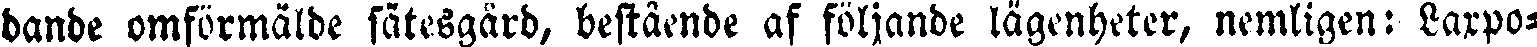
dande omförmälde sätesgård, bestående af följande lägenheter, nemligen: Larpo-